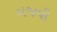
ગજવી